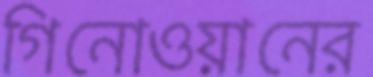
গিনোওয়ানের